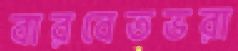
বারবেতভরা